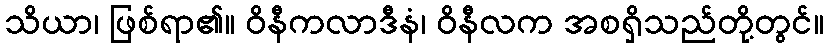
သိယာ၊ ဖြစ်ရာ၏။ ဝိနီကလာဒီနံ၊ ဝိနီလက အစရှိသည်တို့တွင်။